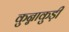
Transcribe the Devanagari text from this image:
कुन्नाकुड़ी